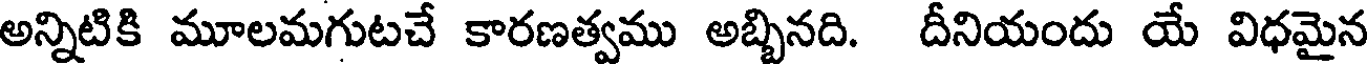
అన్నిటికి మూలమగుటచే కారణత్వము అబ్బినది. దీనియందు యే విధమైన